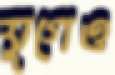
যুগেও